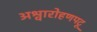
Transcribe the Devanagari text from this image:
अश्वारोहणपटू